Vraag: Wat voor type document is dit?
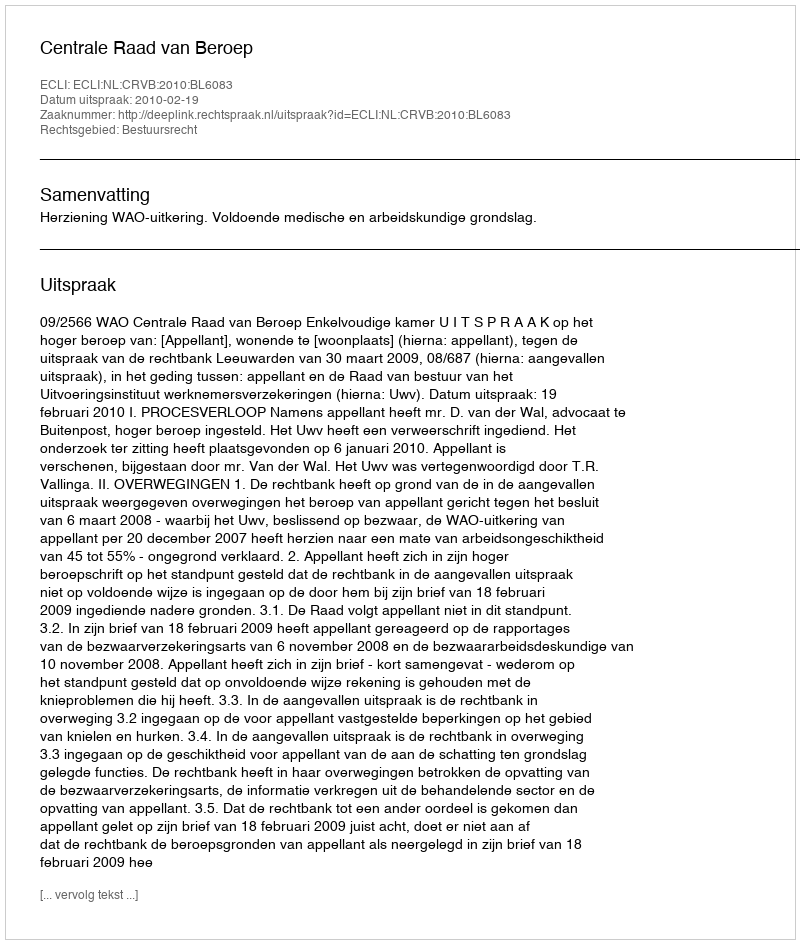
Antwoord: Uitspraak